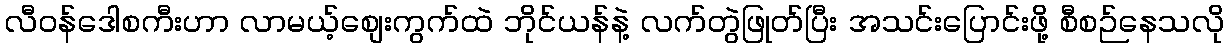
လီဝန်ဒေါစကီးဟာ လာမယ့်စျေးကွက်ထဲ ဘိုင်ယန်နဲ့ လက်တွဲဖြုတ်ပြီး အသင်းပြောင်းဖို့ စီစဉ်နေသလို